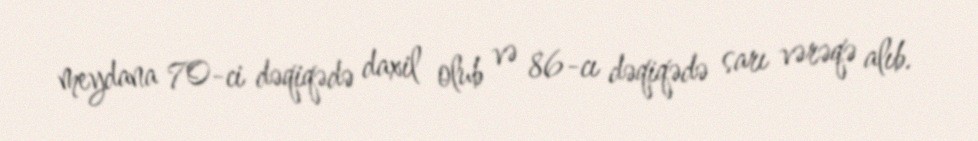
meydana 70-ci dəqiqədə daxil olub və 86-cı dəqiqədə sarı vərəqə alıb.